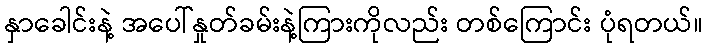
နှာခေါင်းနဲ့ အပေါ်နှုတ်ခမ်းနဲ့ကြားကိုလည်း တစ်ကြောင်း ပုံရတယ်။